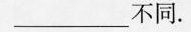
___不同.